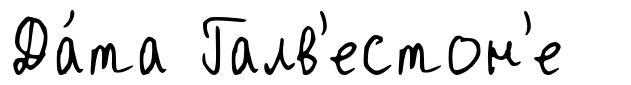
Да́та Галв'естон'е